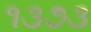
૧૩૭૩